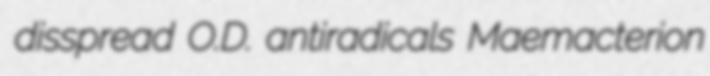
disspread O.D. antiradicals Maemacterion